Report on sanitation, dispensaries, and jails in Rajputana for 1914, and on vaccination for the year 1914-1915 - 1914-1915
Year: 1914
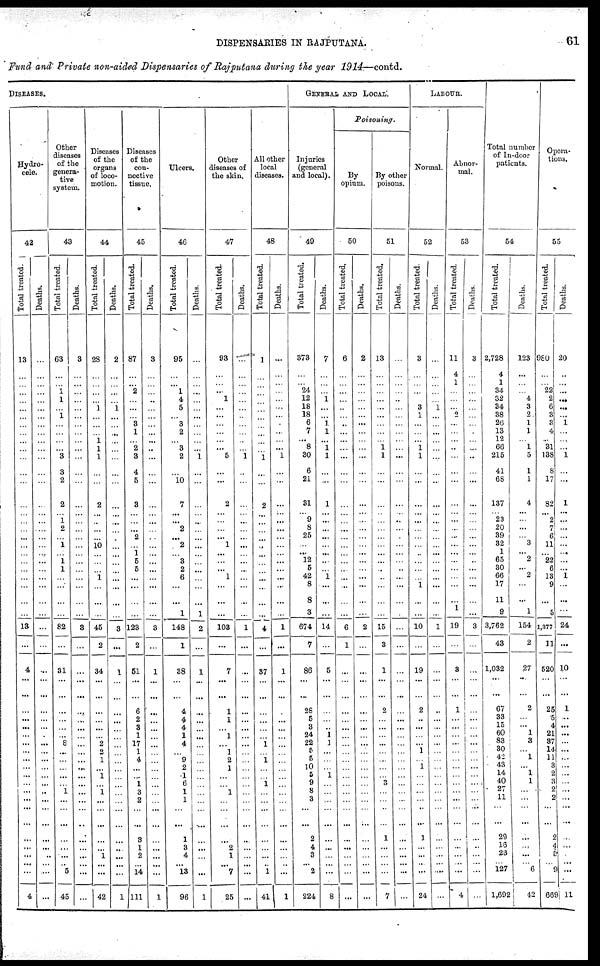
DISPENSARIES IN RAJPUTANA.
61
Fund and Private non-aided Dispensaries of Rajputana during the year 1914—contd.
DISEASES.
Hydro-
cele.
42
Total treated.
13
...
...
...
...
...
...
...
...
...
...
...
...
...
...
...
...
...
...
...
...
...
...
...
...
...
...
13
...
4
...
...
...
...
...
...
...
...
...
...
...
...
...
...
...
...
...
...
...
...
...
4
Deaths.
...
...
...
...
...
...
...
...
...
...
...
...
...
...
...
...
...
...
...
...
...
...
...
...
...
...
...
...
...
...
...
...
...
...
...
...
...
...
...
...
...
...
...
...
...
...
...
...
...
...
...
...
Other
diseases
of the
genera-
tive
system.
43
Total treated.
63
...
...
1
1
...
1
...
...
...
...
3
3
2
2
...
1
2
... 1
...
1
1
...
...
...
...
82
...
31
...
...
...
...
...
...
8
...
...
...
...
...
1
...
...
...
...
...
...
... 5
45
Deaths.
3
...
...
...
...
...
...
...
...
...
...
...
...
...
...
...
...
...
...
...
...
...
...
...
...
...
...
3
...
...
...
...
...
...
...
...
...
...
...
...
...
...
...
...
...
...
...
...
...
...
...
...
Diseases
of the
organs
of loco-
motion.
44
Tot al treated.
28
...
...
...
...
1
...
...
...
1
1
1
...
...
2
...
...
...
...
10
...
...
...
1
...
...
...
45
2
34
...
...
...
...
...
...
2
2
1
...
1
...
1
...
...
...
...
...
1
...
...
42
Deat hs .
2
...
...
...
...
1
...
...
...
...
...
...
...
...
...
...
...
...
...
...
...
...
...
...
...
...
...
3
...
1
...
...
...
...
...
...
...
...
...
...
...
...
...
...
...
...
...
...
...
...
...
1
Diseases
of the
con-
nective
tissue.
45
Total treated.
87
...
...
2
...
...
...
3
1
...
2
3
4
5
3
...
...
... 2
...
1
5
5
...
...
...
...
123
2
51
...
...
6
2
3
1
17
1
4
...
...
1
3
2
...
...
3
1
2
... 14
111
Deaths.
3
...
...
...
...
...
...
...
...
...
...
...
...
...
...
...
...
...
...
...
...
...
...
...
...
...
...
3
...
1
...
...
...
...
...
...
...
...
...
...
...
...
...
...
...
...
...
...
...
...
...
1
Ulcers.
46
Total treated.
95
...
...
1
4
5
...
3
2
...
3
2
...
10
7
...
...
2
...
2
...
3
2
6
...
...
1
148
1
38
...
...
4
4
4
1
4
...
9
2
1
6
1
1
...
...
1
3
4
... 13
96
Deaths.
...
...
...
...
...
...
...
...
...
...
...
1
...
...
...
...
...
...
...
...
...
...
...
...
...
...
1
2
...
1
...
...
...
...
...
...
...
...
...
...
...
...
...
...
...
...
...
...
...
...
...
1
Other
diseases of
the skin.
47
Total treated.
93
...
...
... 1
...
...
...
...
...
...
5
...
...
2
...
...
...
...
1
...
... ...
1
...
...
...
103
...
7
...
...
1
...
...
...
...
...
2
1
...
...
...
1
...
...
...
2
1
... 7
25
Deaths.
...
...
...
...
...
...
...
...
...
...
...
1
...
...
...
...
...
...
...
...
...
...
...
...
...
...
...
1
...
...
...
...
...
...
...
...
...
...
...
...
...
...
...
...
...
...
...
...
...
...
...
...
All other
local
diseases.
48
Total treated.
1
...
...
...
...
...
...
...
...
...
...
1
...
...
2
...
...
...
...
...
...
...
...
...
...
...
...
4
...
37
...
...
...
...
...
...
1
...
1
...
...
1
...
...
...
...
...
...
...
... 1
41
Deaths.
...
...
...
...
...
...
...
...
...
...
...
1
...
...
...
...
...
...
...
...
...
...
...
...
...
...
...
1
...
1
...
...
...
...
...
...
...
...
...
...
...
...
...
...
...
...
...
...
...
...
...
1
GENERAL AND LOCAL.
Injuries
(general
and local).
49
Total treated.
373
...
...
24
12
18
18
6
7
...
8
30
6
21
31
...
9
8
25
...
...
12
5
42
8
8
3
674
7
86
...
...
28
5
3
24
22
5
5
10
5
9
8
3
...
...
2
4
3
... 2
224
Deaths.
7
...
...
...
1
...
...
1
1
...
1
1
...
...
1
...
...
...
...
...
...
...
...
1
...
...
...
14
...
5
...
...
...
...
...
1
1
...
...
...
1
...
...
...
...
...
...
...
...
...
...
8
Poisoning.
By
opium.
50
Total treated.
6
...
...
...
...
...
...
...
...
...
...
...
...
...
...
...
...
...
...
...
...
...
...
...
...
...
...
6
1
...
...
...
...
...
...
...
...
...
...
...
...
...
...
...
...
...
...
...
...
...
...
...
Deaths.
2
...
...
...
...
...
...
...
...
...
...
...
...
...
...
...
...
...
...
...
...
...
...
...
...
...
...
2
...
...
...
...
...
...
...
...
...
...
...
...
...
...
...
...
...
...
...
...
...
...
...
...
By other
poisons.
51
Tot al treated.
13
...
...
...
...
...
...
...
...
...
1
1
...
...
...
...
...
...
...
...
...
...
...
...
...
...
...
15
3
1
...
...
2
...
...
...
...
...
...
...
...
3
...
...
...
...
1
...
...
...
...
7
Deat hs .
...
...
...
...
...
...
...
...
...
...
...
...
...
...
...
...
...
...
...
...
...
...
...
...
...
...
...
...
...
...
...
...
...
...
...
...
...
...
...
...
...
...
...
...
...
...
...
...
...
...
...
...
LABOUR.
Normal.
52
Total treated.
3
...
...
...
...
3
1
...
...
...
1
1
...
...
...
...
...
...
...
...
...
...
...
...
1
...
...
10
...
19
...
...
2
...
...
...
...
1
...
1
...
...
...
...
...
...
1
...
...
...
...
24
Deaths.
...
...
...
...
...
1
...
...
...
...
...
...
...
...
...
...
...
...
...
...
...
...
...
...
...
...
...
1
...
...
...
...
...
...
...
...
...
...
...
...
...
...
...
...
...
...
...
...
...
...
...
...
Abnor-
mal.
53
Total treated.
11
4
1
...
...
...
2
... ...
...
...
...
...
...
...
...
...
...
...
...
...
...
...
...
...
...
1
19
...
3
...
...
1
...
...
...
...
... ...
...
...
...
...
...
...
...
...
...
...
...
...
4
3
...
...
...
...
...
...
...
...
...
...
...
...
...
...
...
...
...
...
...
...
...
...
...
...
...
...
3
...
...
...
...
...
...
...
...
...
...
...
...
...
...
...
...
...
...
...
...
...
...
...
...
Total number
of In-door
patients.
54
Tot al t r eat ed.
2,728
4
1
34
32
34
38
26
13
12
66
215
41
68
137
... 23
20
39
32
11
65
30
66
17
11
9
3,762
43
1,032
...
...
67
33
15
60
83
30
42
43
14
40
27
11
...
...
29
16
23
... 127
1,692
Deat hs .
123
...
...
...
4
3
2
1
1
...
1
5
1
1
4
...
...
... ...
3
...
2
...
2
...
...
1
154
2
27
...
...
2
...
...
1
3
...
1
...
1
1
...
...
...
...
...
...
...
... 6
42
Opera-
tions.
55
Total treated.
980
...
...
22
2
6
3
3
4
...
31
138
8
17
82
...
2
7
6
11
...
22
6
13
9
...
5
1,377
11
520
...
...
25
5
4
21
87
14
11
3
2
3
2
2
...
...
2
4
9
... 9
669
Deaths.
20
...
...
...
...
...
...
1
...
...
...
1
...
...
1
...
...
...
...
...
...
...
...
1
...
...
...
24
...
10
...
...
1
...
...
...
...
...
...
...
...
...
...
...
...
...
...
...
...
...
...
11